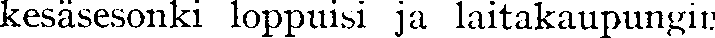
kesäsesonki loppuisi ja laitakaupungin